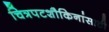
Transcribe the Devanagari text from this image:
चित्रपटशौकिनांसाठी